Board of Education Examinations in Art and in Science and Technology, and Examinations of the City and Guilds of London Institute, 1918, 1918
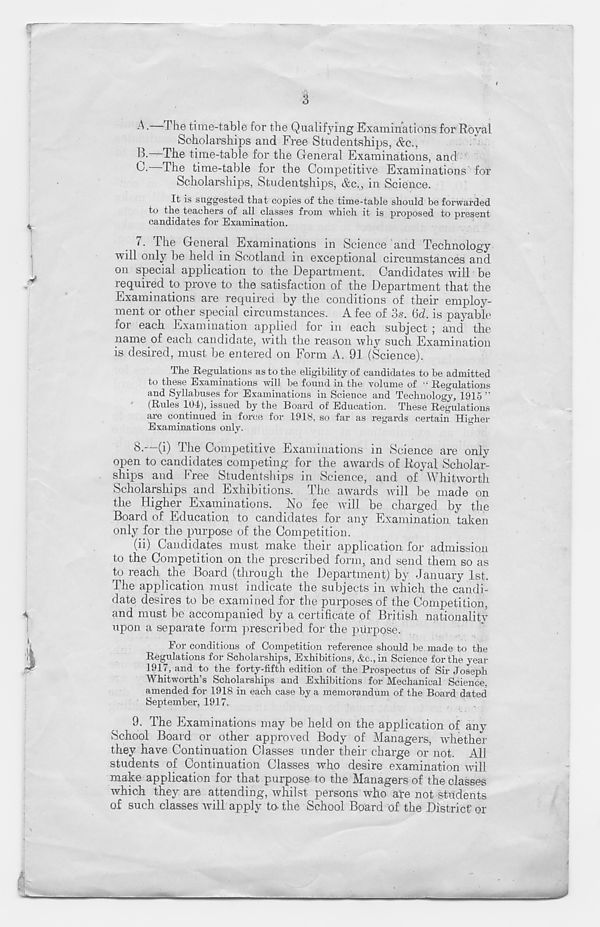
3
A. T he time-table for the Qualifying Examinations for Royal
Scholarships and Free Studentships, &c.,
The time-table for the General Examinations, and
The time-table for the Competitive Examinations' for
Scholarships, Studentships, &c., in Science.
It is suggested tha t cojiies of the time-table should be forwarded
to the teachers of all classes from which it is proposed to present
candidates for Examination.
7. The General Examinations in Science and Technology
will only be held in Scotland in exceptional circumstances and
on special application to the Department. Candidates will be
required to prove to the satisfaction of the Department that the
Examinations are required by the conditions of their employ-
ment or other special circumstances. A fee of os. 6d. is payable
for each Examination applied for in each subject ; and the
name of each candidate, with the reason why such Examination
is desired, must be entered on Form A. 91 (Science).
The Regulations as to the eligibility of candidates to be admitted
to these Examinations will be found in the volume of “ Regulations
and Syllabuses for Examinations in Science and Technology, 1915 ”
(Rides 104), issued by the Board of Education. These Regulations
are continued in force for 1918, so far as regards certain Higher
Examinations only.
8. (i) I he Competitive Examinations in Science are only
open to candidates competing for the awards of Royal Scholar-
ships and Free Studentships in Science, and of Whitworth
Scholarships and Exhibitions. The awards will be made on
the Higher Examinations. No fee will be charged by the
Board of Education to candidates for any Examination taken
only for the purpose of the Competition.
(ii) Candidates must make their application for admission
to the Competition on the prescribed form, and send them so as
to reach the Board (through the Department) by January 1st.
The application must indicate the subjects in which the candi-
date desires to be examined for the purposes of the Competition,
and must be accompanied by a certificate of British nationality
upon a separate form prescribed for the purpose.
For conditions of Competition reference should be made to the
Regulations for Scholarships, Exhibitions, &c.,in Science for the year
1917, and to the forty-fifth edition of the Prospectus of Sir Joseph
Whitworth’s Scholarships and Exhibitions for Mechanical Science,
amended for 1918 in each case by a memorandum of the Board dated
September, 1917.
9. The Examinations may be held on the application of any
School Board or other approved Body of Managers, whether
they have Continuation Classes under their charge or not. All
students of Continuation Classes who desire examination will
make application for that purpose to the Managers of the classes
which they are attending, whilst persons who afe not students
of such classes will apply to. the School Board of the District' or